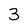
Character: 3